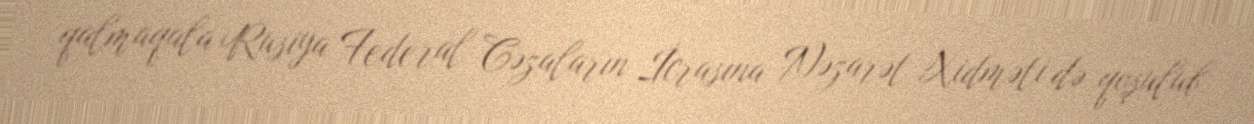
qalmaqala Rusiya Federal Cəzaların İcrasına Nəzarət Xidməti də qoşulub.